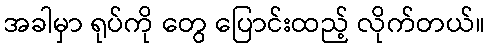
အခါမှာ ရုပ်ကို တွေ ပြောင်းထည့် လိုက်တယ်။